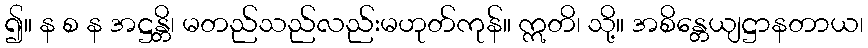
၍။ န စ န အဋ္ဌန္တိ၊ မတည်သည်လည်းမဟုတ်ကုန်။ ဣတိ၊ သို့။ အစိန္တေယျဋ္ဌာနတာယ၊